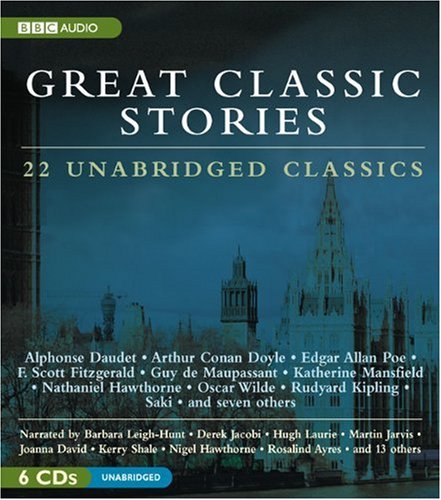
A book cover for Great Classic Stories: 22 Unabridged Classics; Derek Jacobi; Literature & Fiction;